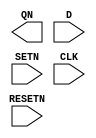
// BSD 3-Clause License
// 
// Copyright 2022 Lawrence T. Clark, Vinay Vashishtha, or Arizona State
// University
// 
// Redistribution and use in source and binary forms, with or without
// modification, are permitted provided that the following conditions are met:
// 
// 1. Redistributions of source code must retain the above copyright notice,
// this list of conditions and the following disclaimer.
// 
// 2. Redistributions in binary form must reproduce the above copyright
// notice, this list of conditions and the following disclaimer in the
// documentation and/or other materials provided with the distribution.
// 
// 3. Neither the name of the copyright holder nor the names of its
// contributors may be used to endorse or promote products derived from this
// software without specific prior written permission.
// 
// THIS SOFTWARE IS PROVIDED BY THE COPYRIGHT HOLDERS AND CONTRIBUTORS "AS IS"
// AND ANY EXPRESS OR IMPLIED WARRANTIES, INCLUDING, BUT NOT LIMITED TO, THE
// IMPLIED WARRANTIES OF MERCHANTABILITY AND FITNESS FOR A PARTICULAR PURPOSE
// ARE DISCLAIMED. IN NO EVENT SHALL THE COPYRIGHT HOLDER OR CONTRIBUTORS BE
// LIABLE FOR ANY DIRECT, INDIRECT, INCIDENTAL, SPECIAL, EXEMPLARY, OR
// CONSEQUENTIAL DAMAGES (INCLUDING, BUT NOT LIMITED TO, PROCUREMENT OF
// SUBSTITUTE GOODS OR SERVICES; LOSS OF USE, DATA, OR PROFITS; OR BUSINESS
// INTERRUPTION) HOWEVER CAUSED AND ON ANY THEORY OF LIABILITY, WHETHER IN
// CONTRACT, STRICT LIABILITY, OR TORT (INCLUDING NEGLIGENCE OR OTHERWISE)
// ARISING IN ANY WAY OUT OF THE USE OF THIS SOFTWARE, EVEN IF ADVISED OF THE
// POSSIBILITY OF SUCH DAMAGE.

// Verilog for library /home/anolas19/Liberate/Verilog/asap7sc7p5t_SEQ_RVT_TT_211229_pex created by Liberate 18.1.0.293 on Fri Dec 31 22:59:44 MST 2021 for SDF version 2.1

// type:  
`timescale 1ns/10ps
`celldefine
module DFFASRHQNx1_ASAP7_75t_R (QN, D, RESETN, SETN, CLK);
	output QN;
	input D, RESETN, SETN, CLK;
	reg notifier;
	wire delayed_D, delayed_RESETN, delayed_SETN, delayed_CLK;

	// Function
	wire int_fwire_d, int_fwire_IQN, int_fwire_r;
	wire int_fwire_s, xcr_0;

	not (int_fwire_d, delayed_D);
	not (int_fwire_s, delayed_RESETN);
	not (int_fwire_r, delayed_SETN);
	//altos_dff_sr_err (xcr_0, delayed_CLK, int_fwire_d, int_fwire_s, int_fwire_r);
	// altos_dff_sr_0 (int_fwire_IQN, notifier, delayed_CLK, int_fwire_d, int_fwire_s, int_fwire_r, xcr_0);
	buf (QN, int_fwire_IQN);

	// Timing

	// Additional timing wires
	wire adacond0, adacond1, adacond2;
	wire adacond3, adacond4, adacond5;
	wire adacond6, adacond7, adacond8;
	wire CLK__bar, D__bar;


	// Additional timing gates
	and (adacond0, RESETN, SETN);
	and (adacond1, D, SETN);
	and (adacond2, CLK, SETN);
	not (CLK__bar, CLK);
	and (adacond3, CLK__bar, SETN);
	not (D__bar, D);
	and (adacond4, D__bar, RESETN);
	and (adacond5, CLK, RESETN);
	and (adacond6, CLK__bar, RESETN);
	and (adacond7, D, RESETN, SETN);
	and (adacond8, D__bar, RESETN, SETN);
endmodule
`endcelldefine

// type:  
`timescale 1ns/10ps
`celldefine
module DFFHQNx1_ASAP7_75t_R (QN, D, CLK);
	output QN;
	input D, CLK;
	reg notifier;
	wire delayed_D, delayed_CLK;

	// Function
	wire int_fwire_d, int_fwire_IQN, xcr_0;

	not (int_fwire_d, delayed_D);
	//altos_dff_err (xcr_0, delayed_CLK, int_fwire_d);
	//altos_dff (int_fwire_IQN, notifier, delayed_CLK, int_fwire_d, xcr_0);
	buf (QN, int_fwire_IQN);
endmodule
`endcelldefine

// type:  
`timescale 1ns/10ps
`celldefine
module DFFHQNx2_ASAP7_75t_R (QN, D, CLK);
	output QN;
	input D, CLK;
	reg notifier;
	wire delayed_D, delayed_CLK;

	// Function
	wire int_fwire_d, int_fwire_IQN, xcr_0;

	not (int_fwire_d, delayed_D);
	//altos_dff_err (xcr_0, delayed_CLK, int_fwire_d);
	//altos_dff (int_fwire_IQN, notifier, delayed_CLK, int_fwire_d, xcr_0);
	buf (QN, int_fwire_IQN);

endmodule
`endcelldefine

// type:  
`timescale 1ns/10ps
`celldefine
module DFFHQNx3_ASAP7_75t_R (QN, D, CLK);
	output QN;
	input D, CLK;
	reg notifier;
	wire delayed_D, delayed_CLK;

	// Function
	wire int_fwire_d, int_fwire_IQN, xcr_0;

	not (int_fwire_d, delayed_D);
	//altos_dff_err (xcr_0, delayed_CLK, int_fwire_d);
	//altos_dff (int_fwire_IQN, notifier, delayed_CLK, int_fwire_d, xcr_0);
	buf (QN, int_fwire_IQN);

	// Timing
endmodule
`endcelldefine

// type:  
`timescale 1ns/10ps
`celldefine
module DFFHQx4_ASAP7_75t_R (Q, D, CLK);
	output Q;
	input D, CLK;
	reg notifier;
	wire delayed_D, delayed_CLK;

	// Function
	wire int_fwire_IQ, xcr_0;

	//altos_dff_err (xcr_0, delayed_CLK, delayed_D);
	//altos_dff (int_fwire_IQ, notifier, delayed_CLK, delayed_D, xcr_0);
	buf (Q, int_fwire_IQ);

	// Timing
endmodule
`endcelldefine

// type:  
`timescale 1ns/10ps
`celldefine
module DFFLQNx1_ASAP7_75t_R (QN, D, CLK);
	output QN;
	input D, CLK;
	reg notifier;
	wire delayed_D, delayed_CLK;

	// Function
	wire int_fwire_clk, int_fwire_d, int_fwire_IQN;
	wire xcr_0;

	not (int_fwire_d, delayed_D);
	not (int_fwire_clk, delayed_CLK);
	//altos_dff_err (xcr_0, int_fwire_clk, int_fwire_d);
	//altos_dff (int_fwire_IQN, notifier, int_fwire_clk, int_fwire_d, xcr_0);
	buf (QN, int_fwire_IQN);

	// Timing
endmodule
`endcelldefine

// type:  
`timescale 1ns/10ps
`celldefine
module DFFLQNx2_ASAP7_75t_R (QN, D, CLK);
	output QN;
	input D, CLK;
	reg notifier;
	wire delayed_D, delayed_CLK;

	// Function
	wire int_fwire_clk, int_fwire_d, int_fwire_IQN;
	wire xcr_0;

	not (int_fwire_d, delayed_D);
	not (int_fwire_clk, delayed_CLK);
	//altos_dff_err (xcr_0, int_fwire_clk, int_fwire_d);
	//altos_dff (int_fwire_IQN, notifier, int_fwire_clk, int_fwire_d, xcr_0);
	buf (QN, int_fwire_IQN);

	// Timing
endmodule
`endcelldefine

// type:  
`timescale 1ns/10ps
`celldefine
module DFFLQNx3_ASAP7_75t_R (QN, D, CLK);
	output QN;
	input D, CLK;
	reg notifier;
	wire delayed_D, delayed_CLK;

	// Function
	wire int_fwire_clk, int_fwire_d, int_fwire_IQN;
	wire xcr_0;

	not (int_fwire_d, delayed_D);
	not (int_fwire_clk, delayed_CLK);
	//altos_dff_err (xcr_0, int_fwire_clk, int_fwire_d);
	//altos_dff (int_fwire_IQN, notifier, int_fwire_clk, int_fwire_d, xcr_0);
	buf (QN, int_fwire_IQN);

	// Timing
endmodule
`endcelldefine

// type:  
`timescale 1ns/10ps
`celldefine
module DFFLQx4_ASAP7_75t_R (Q, D, CLK);
	output Q;
	input D, CLK;
	reg notifier;
	wire delayed_D, delayed_CLK;

	// Function
	wire int_fwire_clk, int_fwire_IQ, xcr_0;

	not (int_fwire_clk, delayed_CLK);
	//altos_dff_err (xcr_0, int_fwire_clk, delayed_D);
	//altos_dff (int_fwire_IQ, notifier, int_fwire_clk, delayed_D, xcr_0);
	buf (Q, int_fwire_IQ);

	// Timing
endmodule
`endcelldefine

// type:  
`timescale 1ns/10ps
`celldefine
module DHLx1_ASAP7_75t_R (Q, D, CLK);
	output Q;
	input D, CLK;
	reg notifier;
	wire delayed_D, delayed_CLK;

	// Function
	wire int_fwire_IQ;

	//altos_latch (int_fwire_IQ, notifier, delayed_CLK, delayed_D);
	buf (Q, int_fwire_IQ);

	// Timing
endmodule
`endcelldefine

// type:  
`timescale 1ns/10ps
`celldefine
module DHLx2_ASAP7_75t_R (Q, D, CLK);
	output Q;
	input D, CLK;
	reg notifier;
	wire delayed_D, delayed_CLK;

	// Function
	wire int_fwire_IQ;

	//altos_latch (int_fwire_IQ, notifier, delayed_CLK, delayed_D);
	buf (Q, int_fwire_IQ);

	// Timing
endmodule
`endcelldefine

// type:  
`timescale 1ns/10ps
`celldefine
module DHLx3_ASAP7_75t_R (Q, D, CLK);
	output Q;
	input D, CLK;
	reg notifier;
	wire delayed_D, delayed_CLK;

	// Function
	wire int_fwire_IQ;

	//altos_latch (int_fwire_IQ, notifier, delayed_CLK, delayed_D);
	buf (Q, int_fwire_IQ);

	// Timing
endmodule
`endcelldefine

// type:  
`timescale 1ns/10ps
`celldefine
module DLLx1_ASAP7_75t_R (Q, D, CLK);
	output Q;
	input D, CLK;
	reg notifier;
	wire delayed_D, delayed_CLK;

	// Function
	wire int_fwire_clk, int_fwire_IQ;

	not (int_fwire_clk, delayed_CLK);
	//altos_latch (int_fwire_IQ, notifier, int_fwire_clk, delayed_D);
	buf (Q, int_fwire_IQ);

	// Timing
endmodule
`endcelldefine

// type:  
`timescale 1ns/10ps
`celldefine
module DLLx2_ASAP7_75t_R (Q, D, CLK);
	output Q;
	input D, CLK;
	reg notifier;
	wire delayed_D, delayed_CLK;

	// Function
	wire int_fwire_clk, int_fwire_IQ;

	not (int_fwire_clk, delayed_CLK);
	//altos_latch (int_fwire_IQ, notifier, int_fwire_clk, delayed_D);
	buf (Q, int_fwire_IQ);

	// Timing
endmodule
`endcelldefine

// type:  
`timescale 1ns/10ps
`celldefine
module DLLx3_ASAP7_75t_R (Q, D, CLK);
	output Q;
	input D, CLK;
	reg notifier;
	wire delayed_D, delayed_CLK;

	// Function
	wire int_fwire_clk, int_fwire_IQ;

	not (int_fwire_clk, delayed_CLK);
	//altos_latch (int_fwire_IQ, notifier, int_fwire_clk, delayed_D);
	buf (Q, int_fwire_IQ);

	// Timing
endmodule
`endcelldefine

// type:  
`timescale 1ns/10ps
`celldefine
module ICGx1_ASAP7_75t_R (GCLK, ENA, SE, CLK);
	output GCLK;
	input ENA, SE, CLK;
	reg notifier;
	wire delayed_ENA, delayed_SE, delayed_CLK;

	// Function
	wire int_fwire_clk, int_fwire_IQ, int_fwire_test;

	not (int_fwire_clk, delayed_CLK);
	or (int_fwire_test, delayed_ENA, delayed_SE);
	//altos_latch (int_fwire_IQ, notifier, int_fwire_clk, int_fwire_test);
	and (GCLK, delayed_CLK, int_fwire_IQ);

	// Timing

	// Additional timing wires
	wire adacond0, adacond1, ENA__bar;
	wire int_twire_0, SE__bar;


	// Additional timing gates
	not (ENA__bar, ENA);
	and (int_twire_0, ENA__bar, SE);
	or (adacond0, ENA, int_twire_0);
	not (SE__bar, SE);
	and (adacond1, ENA__bar, SE__bar);
endmodule
`endcelldefine

// type:  
`timescale 1ns/10ps
`celldefine
module ICGx2_ASAP7_75t_R (GCLK, ENA, SE, CLK);
	output GCLK;
	input ENA, SE, CLK;
	reg notifier;
	wire delayed_ENA, delayed_SE, delayed_CLK;

	// Function
	wire int_fwire_clk, int_fwire_IQ, int_fwire_test;

	not (int_fwire_clk, delayed_CLK);
	or (int_fwire_test, delayed_ENA, delayed_SE);
	//altos_latch (int_fwire_IQ, notifier, int_fwire_clk, int_fwire_test);
	and (GCLK, delayed_CLK, int_fwire_IQ);

	// Timing

	// Additional timing wires
	wire adacond0, adacond1, ENA__bar;
	wire int_twire_0, SE__bar;


	// Additional timing gates
	not (ENA__bar, ENA);
	and (int_twire_0, ENA__bar, SE);
	or (adacond0, ENA, int_twire_0);
	not (SE__bar, SE);
	and (adacond1, ENA__bar, SE__bar);
endmodule
`endcelldefine

// type:  
`timescale 1ns/10ps
`celldefine
module ICGx2p67DC_ASAP7_75t_R (GCLK, ENA, SE, CLK);
	output GCLK;
	input ENA, SE, CLK;
	reg notifier;
	wire delayed_ENA, delayed_SE, delayed_CLK;

	// Function
	wire int_fwire_clk, int_fwire_IQ, int_fwire_test;

	not (int_fwire_clk, delayed_CLK);
	or (int_fwire_test, delayed_ENA, delayed_SE);
	//altos_latch (int_fwire_IQ, notifier, int_fwire_clk, int_fwire_test);
	and (GCLK, delayed_CLK, int_fwire_IQ);

	// Timing

	// Additional timing wires
	wire adacond0, adacond1, ENA__bar;
	wire int_twire_0, SE__bar;


	// Additional timing gates
	not (ENA__bar, ENA);
	and (int_twire_0, ENA__bar, SE);
	or (adacond0, ENA, int_twire_0);
	not (SE__bar, SE);
	and (adacond1, ENA__bar, SE__bar);

endmodule
`endcelldefine

// type:  
`timescale 1ns/10ps
`celldefine
module ICGx3_ASAP7_75t_R (GCLK, ENA, SE, CLK);
	output GCLK;
	input ENA, SE, CLK;
	reg notifier;
	wire delayed_ENA, delayed_SE, delayed_CLK;

	// Function
	wire int_fwire_clk, int_fwire_IQ, int_fwire_test;

	not (int_fwire_clk, delayed_CLK);
	or (int_fwire_test, delayed_ENA, delayed_SE);
	//altos_latch (int_fwire_IQ, notifier, int_fwire_clk, int_fwire_test);
	and (GCLK, delayed_CLK, int_fwire_IQ);

	// Timing

	// Additional timing wires
	wire adacond0, adacond1, ENA__bar;
	wire int_twire_0, SE__bar;


	// Additional timing gates
	not (ENA__bar, ENA);
	and (int_twire_0, ENA__bar, SE);
	or (adacond0, ENA, int_twire_0);
	not (SE__bar, SE);
	and (adacond1, ENA__bar, SE__bar);

endmodule
`endcelldefine

// type:  
`timescale 1ns/10ps
`celldefine
module ICGx4DC_ASAP7_75t_R (GCLK, ENA, SE, CLK);
	output GCLK;
	input ENA, SE, CLK;
	reg notifier;
	wire delayed_ENA, delayed_SE, delayed_CLK;

	// Function
	wire int_fwire_clk, int_fwire_IQ, int_fwire_test;

	not (int_fwire_clk, delayed_CLK);
	or (int_fwire_test, delayed_ENA, delayed_SE);
	//altos_latch (int_fwire_IQ, notifier, int_fwire_clk, int_fwire_test);
	and (GCLK, delayed_CLK, int_fwire_IQ);

	// Timing

	// Additional timing wires
	wire adacond0, adacond1, ENA__bar;
	wire int_twire_0, SE__bar;


	// Additional timing gates
	not (ENA__bar, ENA);
	and (int_twire_0, ENA__bar, SE);
	or (adacond0, ENA, int_twire_0);
	not (SE__bar, SE);
	and (adacond1, ENA__bar, SE__bar);

endmodule
`endcelldefine

// type:  
`timescale 1ns/10ps
`celldefine
module ICGx4_ASAP7_75t_R (GCLK, ENA, SE, CLK);
	output GCLK;
	input ENA, SE, CLK;
	reg notifier;
	wire delayed_ENA, delayed_SE, delayed_CLK;

	// Function
	wire int_fwire_clk, int_fwire_IQ, int_fwire_test;

	not (int_fwire_clk, delayed_CLK);
	or (int_fwire_test, delayed_ENA, delayed_SE);
	//altos_latch (int_fwire_IQ, notifier, int_fwire_clk, int_fwire_test);
	and (GCLK, delayed_CLK, int_fwire_IQ);

	// Timing

	// Additional timing wires
	wire adacond0, adacond1, ENA__bar;
	wire int_twire_0, SE__bar;


	// Additional timing gates
	not (ENA__bar, ENA);
	and (int_twire_0, ENA__bar, SE);
	or (adacond0, ENA, int_twire_0);
	not (SE__bar, SE);
	and (adacond1, ENA__bar, SE__bar);

endmodule
`endcelldefine

// type:  
`timescale 1ns/10ps
`celldefine
module ICGx5_ASAP7_75t_R (GCLK, ENA, SE, CLK);
	output GCLK;
	input ENA, SE, CLK;
	reg notifier;
	wire delayed_ENA, delayed_SE, delayed_CLK;

	// Function
	wire int_fwire_clk, int_fwire_IQ, int_fwire_test;

	not (int_fwire_clk, delayed_CLK);
	or (int_fwire_test, delayed_ENA, delayed_SE);
	//altos_latch (int_fwire_IQ, notifier, int_fwire_clk, int_fwire_test);
	and (GCLK, delayed_CLK, int_fwire_IQ);

	// Timing

	// Additional timing wires
	wire adacond0, adacond1, ENA__bar;
	wire int_twire_0, SE__bar;


	// Additional timing gates
	not (ENA__bar, ENA);
	and (int_twire_0, ENA__bar, SE);
	or (adacond0, ENA, int_twire_0);
	not (SE__bar, SE);
	and (adacond1, ENA__bar, SE__bar);

endmodule
`endcelldefine

// type:  
`timescale 1ns/10ps
`celldefine
module ICGx5p33DC_ASAP7_75t_R (GCLK, ENA, SE, CLK);
	output GCLK;
	input ENA, SE, CLK;
	reg notifier;
	wire delayed_ENA, delayed_SE, delayed_CLK;

	// Function
	wire int_fwire_clk, int_fwire_IQ, int_fwire_test;

	not (int_fwire_clk, delayed_CLK);
	or (int_fwire_test, delayed_ENA, delayed_SE);
	//altos_latch (int_fwire_IQ, notifier, int_fwire_clk, int_fwire_test);
	and (GCLK, delayed_CLK, int_fwire_IQ);

	// Timing

	// Additional timing wires
	wire adacond0, adacond1, ENA__bar;
	wire int_twire_0, SE__bar;


	// Additional timing gates
	not (ENA__bar, ENA);
	and (int_twire_0, ENA__bar, SE);
	or (adacond0, ENA, int_twire_0);
	not (SE__bar, SE);
	and (adacond1, ENA__bar, SE__bar);

endmodule
`endcelldefine

// type:  
`timescale 1ns/10ps
`celldefine
module ICGx6p67DC_ASAP7_75t_R (GCLK, ENA, SE, CLK);
	output GCLK;
	input ENA, SE, CLK;
	reg notifier;
	wire delayed_ENA, delayed_SE, delayed_CLK;

	// Function
	wire int_fwire_clk, int_fwire_IQ, int_fwire_test;

	not (int_fwire_clk, delayed_CLK);
	or (int_fwire_test, delayed_ENA, delayed_SE);
	//altos_latch (int_fwire_IQ, notifier, int_fwire_clk, int_fwire_test);
	and (GCLK, delayed_CLK, int_fwire_IQ);

	// Timing

	// Additional timing wires
	wire adacond0, adacond1, ENA__bar;
	wire int_twire_0, SE__bar;


	// Additional timing gates
	not (ENA__bar, ENA);
	and (int_twire_0, ENA__bar, SE);
	or (adacond0, ENA, int_twire_0);
	not (SE__bar, SE);
	and (adacond1, ENA__bar, SE__bar);

endmodule
`endcelldefine

// type:  
`timescale 1ns/10ps
`celldefine
module ICGx8DC_ASAP7_75t_R (GCLK, ENA, SE, CLK);
	output GCLK;
	input ENA, SE, CLK;
	reg notifier;
	wire delayed_ENA, delayed_SE, delayed_CLK;

	// Function
	wire int_fwire_clk, int_fwire_IQ, int_fwire_test;

	not (int_fwire_clk, delayed_CLK);
	or (int_fwire_test, delayed_ENA, delayed_SE);
	//altos_latch (int_fwire_IQ, notifier, int_fwire_clk, int_fwire_test);
	and (GCLK, delayed_CLK, int_fwire_IQ);

	// Timing

	// Additional timing wires
	wire adacond0, adacond1, ENA__bar;
	wire int_twire_0, SE__bar;


	// Additional timing gates
	not (ENA__bar, ENA);
	and (int_twire_0, ENA__bar, SE);
	or (adacond0, ENA, int_twire_0);
	not (SE__bar, SE);
	and (adacond1, ENA__bar, SE__bar);

endmodule
`endcelldefine

// type:  
`timescale 1ns/10ps
`celldefine
module SDFHx1_ASAP7_75t_R (QN, D, SE, SI, CLK);
	output QN;
	input D, SE, SI, CLK;
	reg notifier;
	wire delayed_D, delayed_SE, delayed_SI, delayed_CLK;

	// Function
	wire delayed_D__bar, delayed_SE__bar, delayed_SI__bar;
	wire int_fwire_0, int_fwire_1, int_fwire_2;
	wire int_fwire_d, int_fwire_IQN, xcr_0;

	not (delayed_SI__bar, delayed_SI);
	and (int_fwire_0, delayed_SE, delayed_SI__bar);
	not (delayed_D__bar, delayed_D);
	and (int_fwire_1, delayed_D__bar, delayed_SI__bar);
	not (delayed_SE__bar, delayed_SE);
	and (int_fwire_2, delayed_D__bar, delayed_SE__bar);
	or (int_fwire_d, int_fwire_2, int_fwire_1, int_fwire_0);
	//altos_dff_err (xcr_0, delayed_CLK, int_fwire_d);
	//altos_dff (int_fwire_IQN, notifier, delayed_CLK, int_fwire_d, xcr_0);
	buf (QN, int_fwire_IQN);

	// Timing

	// Additional timing wires
	wire adacond0, adacond1, adacond2;
	wire adacond3, adacond4, adacond5;
	wire adacond6, adacond7, D__bar;
	wire int_twire_0, int_twire_1, int_twire_2;
	wire int_twire_3, int_twire_4, int_twire_5;
	wire SE__bar, SI__bar;


	// Additional timing gates
	not (SE__bar, SE);
	and (adacond0, SE__bar, SI);
	not (SI__bar, SI);
	and (adacond1, SE__bar, SI__bar);
	and (adacond2, D, SI__bar);
	not (D__bar, D);
	and (adacond3, D__bar, SI);
	and (adacond4, D, SE);
	and (adacond5, D__bar, SE);
	and (int_twire_0, D__bar, SE, SI);
	and (int_twire_1, D, SE__bar);
	and (int_twire_2, D, SE, SI);
	or (adacond6, int_twire_2, int_twire_1, int_twire_0);
	and (int_twire_3, D__bar, SE__bar);
	and (int_twire_4, D__bar, SE, SI__bar);
	and (int_twire_5, D, SE, SI__bar);
	or (adacond7, int_twire_5, int_twire_4, int_twire_3);

endmodule
`endcelldefine

// type:  
`timescale 1ns/10ps
`celldefine
module SDFHx2_ASAP7_75t_R (QN, D, SE, SI, CLK);
	output QN;
	input D, SE, SI, CLK;
	reg notifier;
	wire delayed_D, delayed_SE, delayed_SI, delayed_CLK;

	// Function
	wire delayed_D__bar, delayed_SE__bar, delayed_SI__bar;
	wire int_fwire_0, int_fwire_1, int_fwire_2;
	wire int_fwire_d, int_fwire_IQN, xcr_0;

	not (delayed_SI__bar, delayed_SI);
	and (int_fwire_0, delayed_SE, delayed_SI__bar);
	not (delayed_D__bar, delayed_D);
	and (int_fwire_1, delayed_D__bar, delayed_SI__bar);
	not (delayed_SE__bar, delayed_SE);
	and (int_fwire_2, delayed_D__bar, delayed_SE__bar);
	or (int_fwire_d, int_fwire_2, int_fwire_1, int_fwire_0);
	//altos_dff_err (xcr_0, delayed_CLK, int_fwire_d);
	//altos_dff (int_fwire_IQN, notifier, delayed_CLK, int_fwire_d, xcr_0);
	buf (QN, int_fwire_IQN);

	// Timing

	// Additional timing wires
	wire adacond0, adacond1, adacond2;
	wire adacond3, adacond4, adacond5;
	wire adacond6, adacond7, D__bar;
	wire int_twire_0, int_twire_1, int_twire_2;
	wire int_twire_3, int_twire_4, int_twire_5;
	wire SE__bar, SI__bar;


	// Additional timing gates
	not (SE__bar, SE);
	and (adacond0, SE__bar, SI);
	not (SI__bar, SI);
	and (adacond1, SE__bar, SI__bar);
	and (adacond2, D, SI__bar);
	not (D__bar, D);
	and (adacond3, D__bar, SI);
	and (adacond4, D, SE);
	and (adacond5, D__bar, SE);
	and (int_twire_0, D__bar, SE, SI);
	and (int_twire_1, D, SE__bar);
	and (int_twire_2, D, SE, SI);
	or (adacond6, int_twire_2, int_twire_1, int_twire_0);
	and (int_twire_3, D__bar, SE__bar);
	and (int_twire_4, D__bar, SE, SI__bar);
	and (int_twire_5, D, SE, SI__bar);
	or (adacond7, int_twire_5, int_twire_4, int_twire_3);

endmodule
`endcelldefine

// type:  
`timescale 1ns/10ps
`celldefine
module SDFHx3_ASAP7_75t_R (QN, D, SE, SI, CLK);
	output QN;
	input D, SE, SI, CLK;
	reg notifier;
	wire delayed_D, delayed_SE, delayed_SI, delayed_CLK;

	// Function
	wire delayed_D__bar, delayed_SE__bar, delayed_SI__bar;
	wire int_fwire_0, int_fwire_1, int_fwire_2;
	wire int_fwire_d, int_fwire_IQN, xcr_0;

	not (delayed_SI__bar, delayed_SI);
	and (int_fwire_0, delayed_SE, delayed_SI__bar);
	not (delayed_D__bar, delayed_D);
	and (int_fwire_1, delayed_D__bar, delayed_SI__bar);
	not (delayed_SE__bar, delayed_SE);
	and (int_fwire_2, delayed_D__bar, delayed_SE__bar);
	or (int_fwire_d, int_fwire_2, int_fwire_1, int_fwire_0);
	//altos_dff_err (xcr_0, delayed_CLK, int_fwire_d);
	//altos_dff (int_fwire_IQN, notifier, delayed_CLK, int_fwire_d, xcr_0);
	buf (QN, int_fwire_IQN);

	// Timing

	// Additional timing wires
	wire adacond0, adacond1, adacond2;
	wire adacond3, adacond4, adacond5;
	wire adacond6, adacond7, D__bar;
	wire int_twire_0, int_twire_1, int_twire_2;
	wire int_twire_3, int_twire_4, int_twire_5;
	wire SE__bar, SI__bar;


	// Additional timing gates
	not (SE__bar, SE);
	and (adacond0, SE__bar, SI);
	not (SI__bar, SI);
	and (adacond1, SE__bar, SI__bar);
	and (adacond2, D, SI__bar);
	not (D__bar, D);
	and (adacond3, D__bar, SI);
	and (adacond4, D, SE);
	and (adacond5, D__bar, SE);
	and (int_twire_0, D__bar, SE, SI);
	and (int_twire_1, D, SE__bar);
	and (int_twire_2, D, SE, SI);
	or (adacond6, int_twire_2, int_twire_1, int_twire_0);
	and (int_twire_3, D__bar, SE__bar);
	and (int_twire_4, D__bar, SE, SI__bar);
	and (int_twire_5, D, SE, SI__bar);
	or (adacond7, int_twire_5, int_twire_4, int_twire_3);

endmodule
`endcelldefine

// type:  
`timescale 1ns/10ps
`celldefine
module SDFHx4_ASAP7_75t_R (QN, D, SE, SI, CLK);
	output QN;
	input D, SE, SI, CLK;
	reg notifier;
	wire delayed_D, delayed_SE, delayed_SI, delayed_CLK;

	// Function
	wire delayed_D__bar, delayed_SE__bar, delayed_SI__bar;
	wire int_fwire_0, int_fwire_1, int_fwire_2;
	wire int_fwire_d, int_fwire_IQN, xcr_0;

	not (delayed_SI__bar, delayed_SI);
	and (int_fwire_0, delayed_SE, delayed_SI__bar);
	not (delayed_D__bar, delayed_D);
	and (int_fwire_1, delayed_D__bar, delayed_SI__bar);
	not (delayed_SE__bar, delayed_SE);
	and (int_fwire_2, delayed_D__bar, delayed_SE__bar);
	or (int_fwire_d, int_fwire_2, int_fwire_1, int_fwire_0);
	//altos_dff_err (xcr_0, delayed_CLK, int_fwire_d);
	//altos_dff (int_fwire_IQN, notifier, delayed_CLK, int_fwire_d, xcr_0);
	buf (QN, int_fwire_IQN);

	// Timing

	// Additional timing wires
	wire adacond0, adacond1, adacond2;
	wire adacond3, adacond4, adacond5;
	wire adacond6, adacond7, D__bar;
	wire int_twire_0, int_twire_1, int_twire_2;
	wire int_twire_3, int_twire_4, int_twire_5;
	wire SE__bar, SI__bar;


	// Additional timing gates
	not (SE__bar, SE);
	and (adacond0, SE__bar, SI);
	not (SI__bar, SI);
	and (adacond1, SE__bar, SI__bar);
	and (adacond2, D, SI__bar);
	not (D__bar, D);
	and (adacond3, D__bar, SI);
	and (adacond4, D, SE);
	and (adacond5, D__bar, SE);
	and (int_twire_0, D__bar, SE, SI);
	and (int_twire_1, D, SE__bar);
	and (int_twire_2, D, SE, SI);
	or (adacond6, int_twire_2, int_twire_1, int_twire_0);
	and (int_twire_3, D__bar, SE__bar);
	and (int_twire_4, D__bar, SE, SI__bar);
	and (int_twire_5, D, SE, SI__bar);
	or (adacond7, int_twire_5, int_twire_4, int_twire_3);

endmodule
`endcelldefine

// type:  
`timescale 1ns/10ps
`celldefine
module SDFLx1_ASAP7_75t_R (QN, D, SE, SI, CLK);
	output QN;
	input D, SE, SI, CLK;
	reg notifier;
	wire delayed_D, delayed_SE, delayed_SI, delayed_CLK;

	// Function
	wire delayed_D__bar, delayed_SE__bar, delayed_SI__bar;
	wire int_fwire_0, int_fwire_1, int_fwire_2;
	wire int_fwire_clk, int_fwire_d, int_fwire_IQN;
	wire xcr_0;

	not (delayed_SI__bar, delayed_SI);
	and (int_fwire_0, delayed_SE, delayed_SI__bar);
	not (delayed_D__bar, delayed_D);
	and (int_fwire_1, delayed_D__bar, delayed_SI__bar);
	not (delayed_SE__bar, delayed_SE);
	and (int_fwire_2, delayed_D__bar, delayed_SE__bar);
	or (int_fwire_d, int_fwire_2, int_fwire_1, int_fwire_0);
	not (int_fwire_clk, delayed_CLK);
	//altos_dff_err (xcr_0, int_fwire_clk, int_fwire_d);
	//altos_dff (int_fwire_IQN, notifier, int_fwire_clk, int_fwire_d, xcr_0);
	buf (QN, int_fwire_IQN);

	// Timing

	// Additional timing wires
	wire adacond0, adacond1, adacond2;
	wire adacond3, adacond4, adacond5;
	wire adacond6, adacond7, D__bar;
	wire int_twire_0, int_twire_1, int_twire_2;
	wire int_twire_3, int_twire_4, int_twire_5;
	wire SE__bar, SI__bar;


	// Additional timing gates
	not (SE__bar, SE);
	and (adacond0, SE__bar, SI);
	not (SI__bar, SI);
	and (adacond1, SE__bar, SI__bar);
	and (adacond2, D, SI__bar);
	not (D__bar, D);
	and (adacond3, D__bar, SI);
	and (adacond4, D, SE);
	and (adacond5, D__bar, SE);
	and (int_twire_0, D__bar, SE, SI);
	and (int_twire_1, D, SE__bar);
	and (int_twire_2, D, SE, SI);
	or (adacond6, int_twire_2, int_twire_1, int_twire_0);
	and (int_twire_3, D__bar, SE__bar);
	and (int_twire_4, D__bar, SE, SI__bar);
	and (int_twire_5, D, SE, SI__bar);
	or (adacond7, int_twire_5, int_twire_4, int_twire_3);

endmodule
`endcelldefine

// type:  
`timescale 1ns/10ps
`celldefine
module SDFLx2_ASAP7_75t_R (QN, D, SE, SI, CLK);
	output QN;
	input D, SE, SI, CLK;
	reg notifier;
	wire delayed_D, delayed_SE, delayed_SI, delayed_CLK;

	// Function
	wire delayed_D__bar, delayed_SE__bar, delayed_SI__bar;
	wire int_fwire_0, int_fwire_1, int_fwire_2;
	wire int_fwire_clk, int_fwire_d, int_fwire_IQN;
	wire xcr_0;

	not (delayed_SI__bar, delayed_SI);
	and (int_fwire_0, delayed_SE, delayed_SI__bar);
	not (delayed_D__bar, delayed_D);
	and (int_fwire_1, delayed_D__bar, delayed_SI__bar);
	not (delayed_SE__bar, delayed_SE);
	and (int_fwire_2, delayed_D__bar, delayed_SE__bar);
	or (int_fwire_d, int_fwire_2, int_fwire_1, int_fwire_0);
	not (int_fwire_clk, delayed_CLK);
	//altos_dff_err (xcr_0, int_fwire_clk, int_fwire_d);
	//altos_dff (int_fwire_IQN, notifier, int_fwire_clk, int_fwire_d, xcr_0);
	buf (QN, int_fwire_IQN);

	// Timing

	// Additional timing wires
	wire adacond0, adacond1, adacond2;
	wire adacond3, adacond4, adacond5;
	wire adacond6, adacond7, D__bar;
	wire int_twire_0, int_twire_1, int_twire_2;
	wire int_twire_3, int_twire_4, int_twire_5;
	wire SE__bar, SI__bar;


	// Additional timing gates
	not (SE__bar, SE);
	and (adacond0, SE__bar, SI);
	not (SI__bar, SI);
	and (adacond1, SE__bar, SI__bar);
	and (adacond2, D, SI__bar);
	not (D__bar, D);
	and (adacond3, D__bar, SI);
	and (adacond4, D, SE);
	and (adacond5, D__bar, SE);
	and (int_twire_0, D__bar, SE, SI);
	and (int_twire_1, D, SE__bar);
	and (int_twire_2, D, SE, SI);
	or (adacond6, int_twire_2, int_twire_1, int_twire_0);
	and (int_twire_3, D__bar, SE__bar);
	and (int_twire_4, D__bar, SE, SI__bar);
	and (int_twire_5, D, SE, SI__bar);
	or (adacond7, int_twire_5, int_twire_4, int_twire_3);

endmodule
`endcelldefine

// type:  
`timescale 1ns/10ps
`celldefine
module SDFLx3_ASAP7_75t_R (QN, D, SE, SI, CLK);
	output QN;
	input D, SE, SI, CLK;
	reg notifier;
	wire delayed_D, delayed_SE, delayed_SI, delayed_CLK;

	// Function
	wire delayed_D__bar, delayed_SE__bar, delayed_SI__bar;
	wire int_fwire_0, int_fwire_1, int_fwire_2;
	wire int_fwire_clk, int_fwire_d, int_fwire_IQN;
	wire xcr_0;

	not (delayed_SI__bar, delayed_SI);
	and (int_fwire_0, delayed_SE, delayed_SI__bar);
	not (delayed_D__bar, delayed_D);
	and (int_fwire_1, delayed_D__bar, delayed_SI__bar);
	not (delayed_SE__bar, delayed_SE);
	and (int_fwire_2, delayed_D__bar, delayed_SE__bar);
	or (int_fwire_d, int_fwire_2, int_fwire_1, int_fwire_0);
	not (int_fwire_clk, delayed_CLK);
	//altos_dff_err (xcr_0, int_fwire_clk, int_fwire_d);
	//altos_dff (int_fwire_IQN, notifier, int_fwire_clk, int_fwire_d, xcr_0);
	buf (QN, int_fwire_IQN);

	// Timing

	// Additional timing wires
	wire adacond0, adacond1, adacond2;
	wire adacond3, adacond4, adacond5;
	wire adacond6, adacond7, D__bar;
	wire int_twire_0, int_twire_1, int_twire_2;
	wire int_twire_3, int_twire_4, int_twire_5;
	wire SE__bar, SI__bar;


	// Additional timing gates
	not (SE__bar, SE);
	and (adacond0, SE__bar, SI);
	not (SI__bar, SI);
	and (adacond1, SE__bar, SI__bar);
	and (adacond2, D, SI__bar);
	not (D__bar, D);
	and (adacond3, D__bar, SI);
	and (adacond4, D, SE);
	and (adacond5, D__bar, SE);
	and (int_twire_0, D__bar, SE, SI);
	and (int_twire_1, D, SE__bar);
	and (int_twire_2, D, SE, SI);
	or (adacond6, int_twire_2, int_twire_1, int_twire_0);
	and (int_twire_3, D__bar, SE__bar);
	and (int_twire_4, D__bar, SE, SI__bar);
	and (int_twire_5, D, SE, SI__bar);
	or (adacond7, int_twire_5, int_twire_4, int_twire_3);

endmodule
`endcelldefine

// type:  
`timescale 1ns/10ps
`celldefine
module SDFLx4_ASAP7_75t_R (QN, D, SE, SI, CLK);
	output QN;
	input D, SE, SI, CLK;
	reg notifier;
	wire delayed_D, delayed_SE, delayed_SI, delayed_CLK;

	// Function
	wire delayed_D__bar, delayed_SE__bar, delayed_SI__bar;
	wire int_fwire_0, int_fwire_1, int_fwire_2;
	wire int_fwire_clk, int_fwire_d, int_fwire_IQN;
	wire xcr_0;

	not (delayed_SI__bar, delayed_SI);
	and (int_fwire_0, delayed_SE, delayed_SI__bar);
	not (delayed_D__bar, delayed_D);
	and (int_fwire_1, delayed_D__bar, delayed_SI__bar);
	not (delayed_SE__bar, delayed_SE);
	and (int_fwire_2, delayed_D__bar, delayed_SE__bar);
	or (int_fwire_d, int_fwire_2, int_fwire_1, int_fwire_0);
	not (int_fwire_clk, delayed_CLK);
	//altos_dff_err (xcr_0, int_fwire_clk, int_fwire_d);
	//altos_dff (int_fwire_IQN, notifier, int_fwire_clk, int_fwire_d, xcr_0);
	buf (QN, int_fwire_IQN);

	// Timing

	// Additional timing wires
	wire adacond0, adacond1, adacond2;
	wire adacond3, adacond4, adacond5;
	wire adacond6, adacond7, D__bar;
	wire int_twire_0, int_twire_1, int_twire_2;
	wire int_twire_3, int_twire_4, int_twire_5;
	wire SE__bar, SI__bar;


	// Additional timing gates
	not (SE__bar, SE);
	and (adacond0, SE__bar, SI);
	not (SI__bar, SI);
	and (adacond1, SE__bar, SI__bar);
	and (adacond2, D, SI__bar);
	not (D__bar, D);
	and (adacond3, D__bar, SI);
	and (adacond4, D, SE);
	and (adacond5, D__bar, SE);
	and (int_twire_0, D__bar, SE, SI);
	and (int_twire_1, D, SE__bar);
	and (int_twire_2, D, SE, SI);
	or (adacond6, int_twire_2, int_twire_1, int_twire_0);
	and (int_twire_3, D__bar, SE__bar);
	and (int_twire_4, D__bar, SE, SI__bar);
	and (int_twire_5, D, SE, SI__bar);
	or (adacond7, int_twire_5, int_twire_4, int_twire_3);

endmodule
`endcelldefine